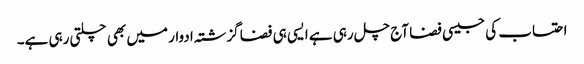
احتساب کی جیسی فضا آج چل رہی ہے ایسی ہی فضا گزشتہ ادوار میں بھی چلتی رہی ہے۔